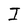
Character: I